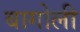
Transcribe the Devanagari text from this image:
बागोली